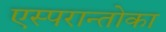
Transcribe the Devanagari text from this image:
एस्परान्तोका